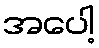
အပေါ့